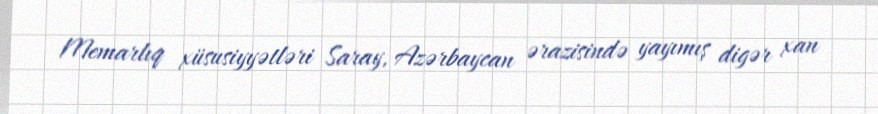
Memarlıq xüsusiyyətləri Saray, Azərbaycan ərazisində yayımış digər xan